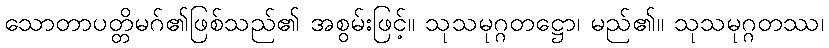
သောတာပတ္တိမဂ်၏ဖြစ်သည်၏ အစွမ်းဖြင့်။ သုသမုဂ္ဂတဋ္ဌော၊ မည်၏။ သုသမုဂ္ဂတဿ၊